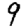
Digit: 9